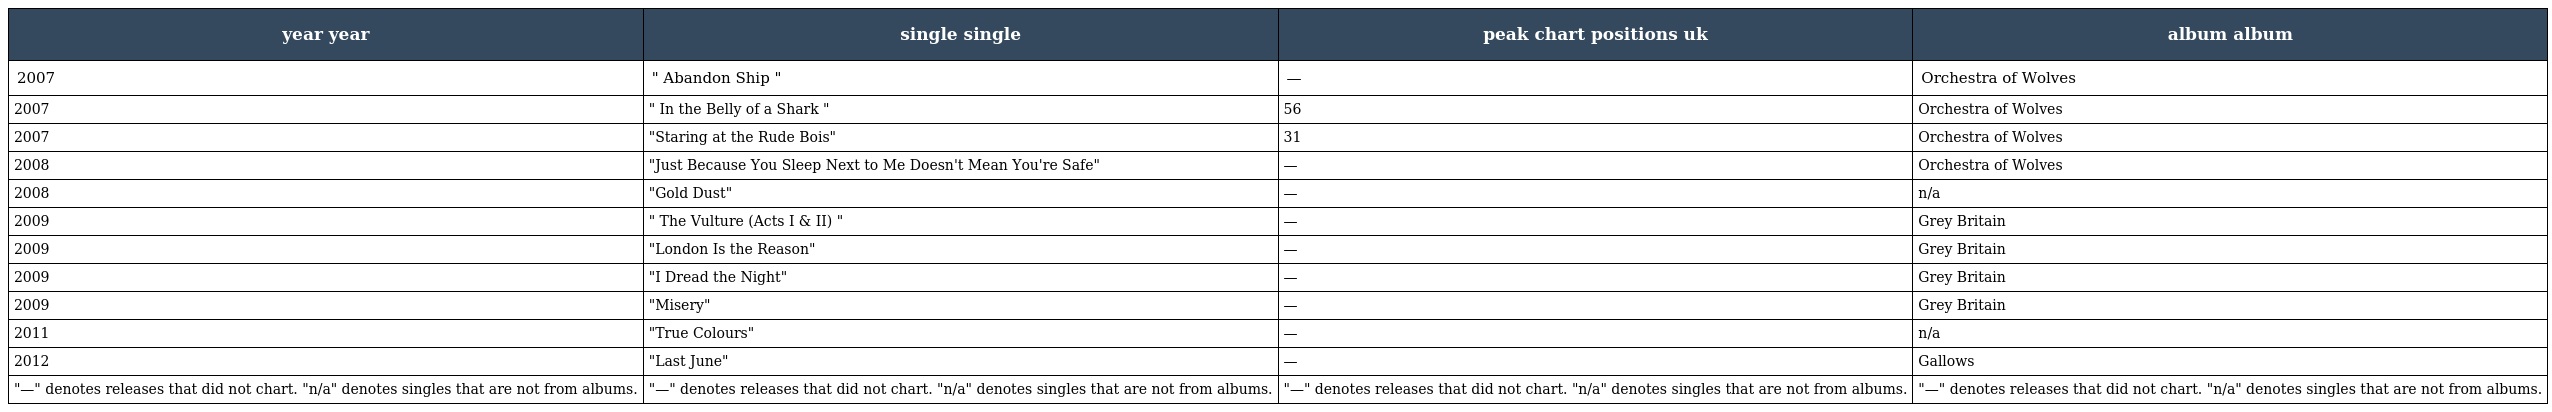
| year year | single single | peak chart positions uk | album album |
 | --- | --- | --- | --- |
 | 2007 | " Abandon Ship " | — | Orchestra of Wolves |
 | 2007 | " In the Belly of a Shark " | 56 | Orchestra of Wolves |
 | 2007 | "Staring at the Rude Bois" | 31 | Orchestra of Wolves |
 | 2008 | "Just Because You Sleep Next to Me Doesn't Mean You're Safe" | — | Orchestra of Wolves |
 | 2008 | "Gold Dust" | — | n/a |
 | 2009 | " The Vulture (Acts I & II) " | — | Grey Britain |
 | 2009 | "London Is the Reason" | — | Grey Britain |
 | 2009 | "I Dread the Night" | — | Grey Britain |
 | 2009 | "Misery" | — | Grey Britain |
 | 2011 | "True Colours" | — | n/a |
 | 2012 | "Last June" | — | Gallows |
 | "—" denotes releases that did not chart. "n/a" denotes singles that are not from albums. | "—" denotes releases that did not chart. "n/a" denotes singles that are not from albums. | "—" denotes releases that did not chart. "n/a" denotes singles that are not from albums. | "—" denotes releases that did not chart. "n/a" denotes singles that are not from albums. |